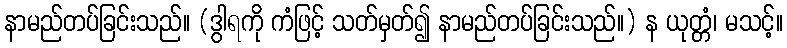
နာမည်တပ်ခြင်းသည်။ (ဒွါရကို ကံဖြင့် သတ်မှတ်၍ နာမည်တပ်ခြင်းသည်။) န ယုတ္တံ၊ မသင့်။